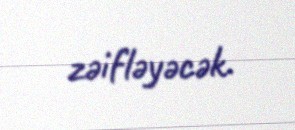
zəifləyəcək.